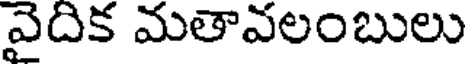
వైదిక మతావలంబులు